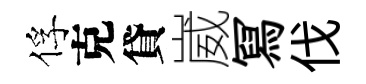
俘克貸崴冩伐